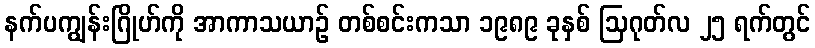
နက်ပကျွန်းဂြိုဟ်ကို အာကာသယာဉ် တစ်စင်းကသာ ၁၉၈၉ ခုနှစ် ဩဂုတ်လ ၂၅ ရက်တွင်